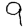
Digit: 9